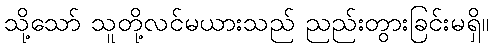
သို့သော် သူတို့လင်မယားသည် ညည်းတွားခြင်းမရှိ။